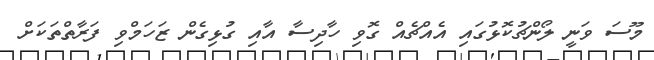
މޫސަ ވަނީ ލޯންޗުކޮޅުގައި އެއްޗެއް ގޮވި ހާދިސާ އާއި ގުޅިގެން ޒަހަމްވި ފަރާތްތަކަށް